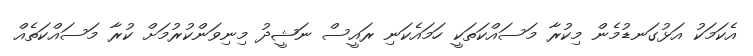
އެކަމަކު އަޅުގަނޑުމެން މިކުރާ މަސައްކަތަކީ ހަމައެކަނި ރައީސް ނަޝީދު މިނިވަންކުރުމަށް ކުރާ މަަސައްކަތެއް